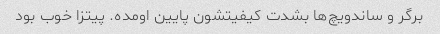
برگر و ساندویچ‌ها بشدت کیفیتشون پایین اومده. پیتزا خوب بود